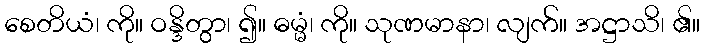
စေတိယံ၊ ကို။ ဝန္ဒိတွာ၊ ၍။ ဓမ္မံ၊ ကို။ သုဏမာနာ၊ လျက်။ အဋ္ဌာသိ၊ ၏။